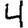
Digit: 4